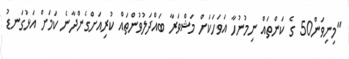
"މިނިވަން50 ގެ ކަންތައް ނިމުނުހާ އަވަހަކަށް މަޝްވަރާ ބައްދަލުވުންތައް ކުރިއަށްގެންދާނެ ކަމަށް އަޅުގަނޑު